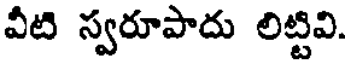
వీటి స్వరూపాదు లిట్టివి.